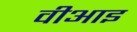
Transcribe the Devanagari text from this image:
वीआइ